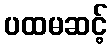
ပထမဆင့်